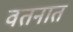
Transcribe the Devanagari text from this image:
वतनात